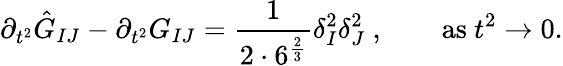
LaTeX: \partial_{t^{2}}\hat{G}_{IJ}-\partial_{t^{2}}G_{IJ}={\frac{1}{2\cdot 6^{\frac{2}{3}}}}\delta_{I}^{2}\delta_{J}^{2}\ ,\qquad\mathrm{as}\ t^{2}\rightarrow 0.